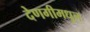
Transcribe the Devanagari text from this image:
देणगीमधून